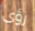
رؤى